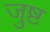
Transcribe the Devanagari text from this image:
जुष्ट